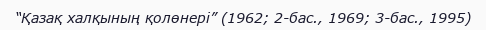
“Қазақ халқының қолөнері” (1962; 2-бас., 1969; 3-бас., 1995)